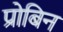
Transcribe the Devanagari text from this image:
प्रोबिन